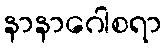
နာနာဂေါစရာ